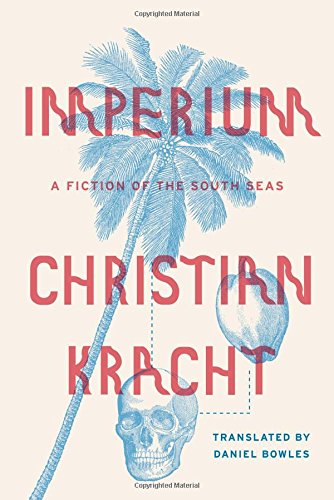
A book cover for Imperium: A Fiction of the South Seas; Christian Kracht; Literature & Fiction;